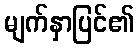
မျက်နှာပြင်၏